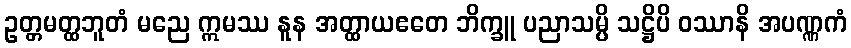
ဥတ္တမတ္ထဘူတံ မညေ ဣမဿ နူန အတ္ထာယဧတေ ဘိက္ခူ ပညာသမ္ပိ သဋ္ဌိပိ ဝဿာနိ အပဏ္ဏကံ